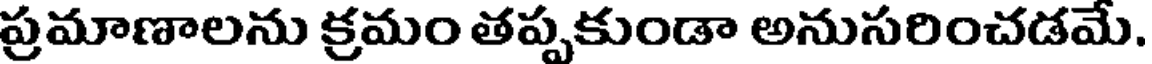
ప్రమాణాలను క్రమం తప్పకుండా అనుసరించడమే.